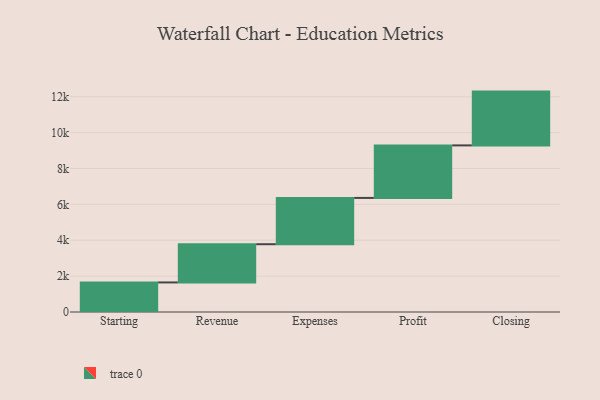
{"axis": {"x": "Step", "y": "Value"}, "legend": [""], "data": [{"x": "Starting", "y": 1648.0, "type": ""}, {"x": "Revenue", "y": 2132.0, "type": ""}, {"x": "Expenses", "y": 2581.0, "type": ""}, {"x": "Profit", "y": 2928.0, "type": ""}, {"x": "Closing", "y": 3000, "type": ""}]}